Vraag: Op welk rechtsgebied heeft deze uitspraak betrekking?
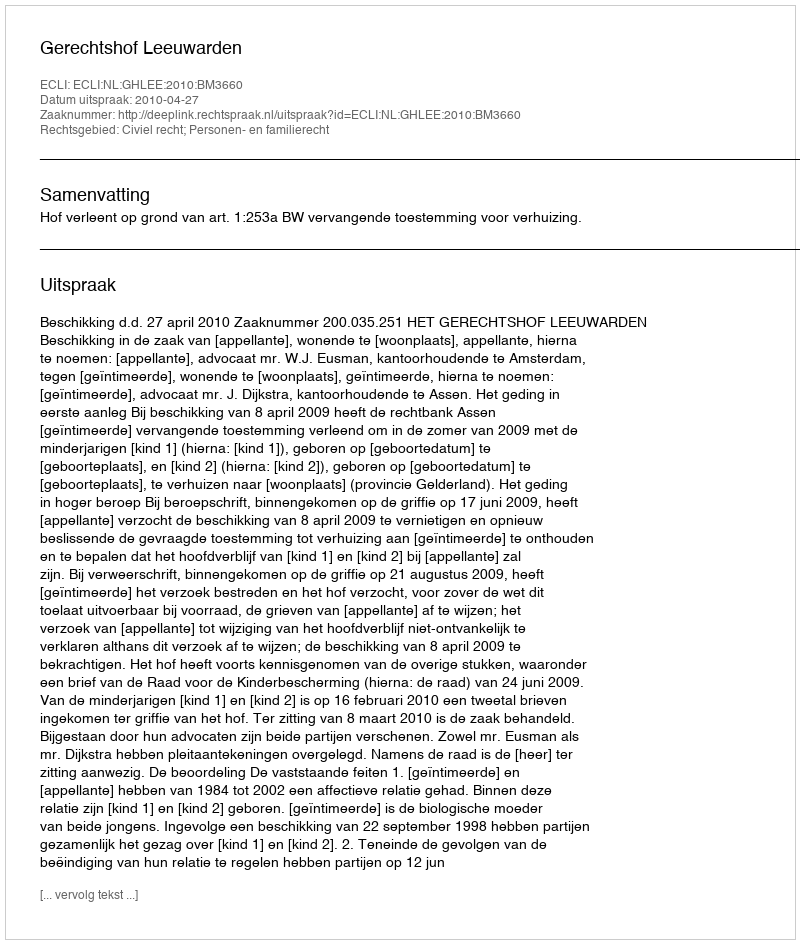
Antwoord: Civiel recht; Personen- en familierecht